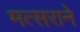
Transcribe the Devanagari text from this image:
मत्सराने